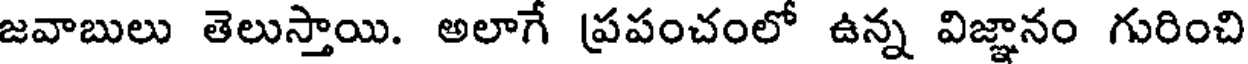
జవాబులు తెలుస్తాయి. అలాగే ప్రపంచంలో ఉన్న విజ్ఞానం గురించి